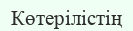
Көтерілістің